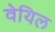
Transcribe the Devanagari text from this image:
वेयिल